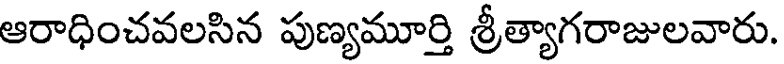
ఆరాధించవలసిన పుణ్యమూర్తి శ్రీత్యాగరాజులవారు.